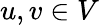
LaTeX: u,v\in V